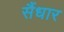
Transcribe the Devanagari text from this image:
सैंधार